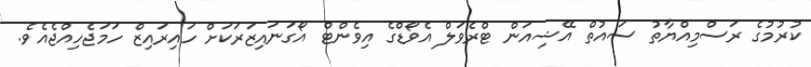
ކުރުމުގެ ރަސްމިއްޔާތު ސައުތް އޭޝިއަން ޓްރެވަލް އެވޯޑްގެ އިވެންޓް އޯގަނައިޒަރަކަށް ހައިރައިޒް ހަމަޖެހިއްޖެއެވެ.